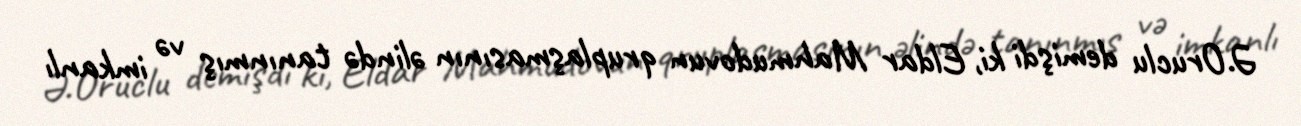
Ə.Oruclu demişdi ki, Eldar Mahmudovun qruplaşmasının əlində tanınmış və imkanlı